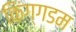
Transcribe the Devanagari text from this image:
किंग्गडम